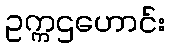
ဥက္ကဌဟောင်း